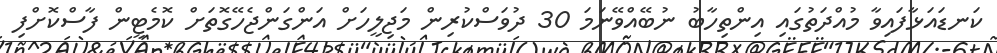
ކަނޑައަޅާފައިވާ މުއްދަތުގައި އިންތިހާބު ނުބޭއްވޭނަމަ 30 ދުވަސްކުރިން މަޖިލީހަށް އަންގަންޖެހޭގޮތަށް ކޮމެޓީން ފާސްކޮށްފި